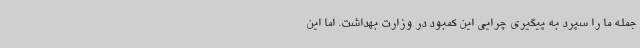
جمله ما را سپرد به پیگیری چرایی این کمبود در وزارت بهداشت. اما این